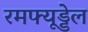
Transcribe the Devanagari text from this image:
रमफ्यूड्डेल